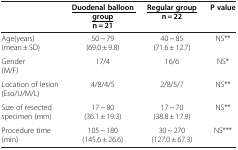
|  | <underline>Duodenal balloon group </underline>n = 21 | <underline>Regular group </underline>n = 22 | P value |
 | --- | --- | --- | --- |
 | Age(years) (mean ± SD) | 50 ~ 79 (69.0 ± 9.8) | 40 ~ 85 (71.6 ± 12.7) | NS** |
 | Gender (M/F) | 17/4 | 16/6 | NS* |
 | Location of lesion (Eso/U/M/L) | 4/8/4/5 | 2/8/5/7 | NS** |
 | Size of resected specimen (mm) | 17 ~ 80 (36.1 ± 19.3) | 17 ~ 70 (38.8 ± 17.9) | NS** |
 | Procedure time (min) | 105 ~ 180 (145.6 ± 26.6) | 30 ~ 270 (127.0 ± 67.3) | NS*** |